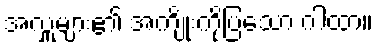
အလှူများ၏ အကျိုးကိုပြသော ဂါထာ။